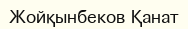
Жойқынбеков Қанат